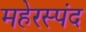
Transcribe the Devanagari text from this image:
महेरस्पंद